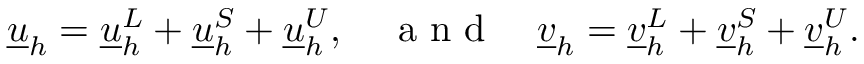
\begin{array} { r } { \underline { { u } } _ { h } = \underline { { u } } _ { h } ^ { L } + \underline { { u } } _ { h } ^ { S } + \underline { { u } } _ { h } ^ { U } , \quad \textrm { a n d } \quad \underline { { v } } _ { h } = \underline { { v } } _ { h } ^ { L } + \underline { { v } } _ { h } ^ { S } + \underline { { v } } _ { h } ^ { U } . } \end{array}